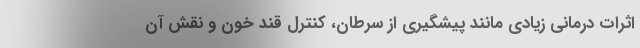
اثرات درمانی زیادی مانند پیشگیری از سرطان، کنترل قند خون و نقش آن